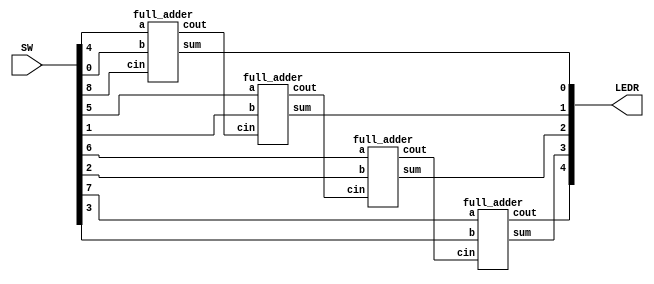
module ripple_carry_adder(LEDR,SW);
	input [9:0] SW;
	output [9:0] LEDR;
	wire c1;
	wire c2;
	wire c3;
	
	full_adder b0(
		.sum(LEDR[0]),
		.cout(c1),
		.a(SW[4]),
		.b(SW[0]),
		.cin(SW[8])
	);
	
	full_adder b1(
		.sum(LEDR[1]),
		.cout(c2),
		.a(SW[5]),
		.b(SW[1]),
		.cin(c1)
	);
	
	full_adder b2(
		.sum(LEDR[2]),
		.cout(c3),
		.a(SW[6]),
		.b(SW[2]),
		.cin(c2)
	);
	
	full_adder b3(
		.sum(LEDR[3]),
		.cout(LEDR[4]),
		.a(SW[7]),
		.b(SW[3]),
		.cin(c3)
	);
	
endmodule

module full_adder(sum,cout,a,b,cin);
	output sum, cout;
	input a, b, cin;
	
	assign sum = a^b^cin;
	assign cout = (a&b)|(cin&(a^b));

endmodule